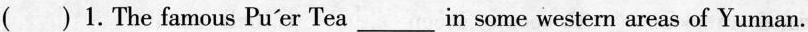
( )1. The famous Pu'er Tea___ in some western areas of Yunnan.